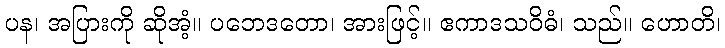
ပန၊ အပြားကို ဆိုအံ့။ ပဘေဒတော၊ အားဖြင့်။ ဧကာဒသဝိဓံ၊ သည်။ ဟောတိ၊